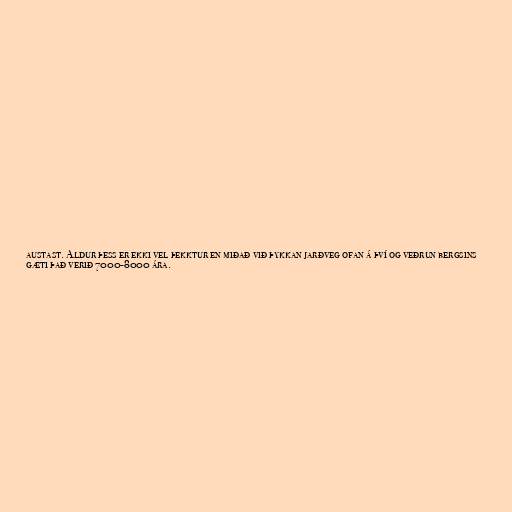
austast. Aldur þess er ekki vel þekktur en miðað við þykkan jarðveg ofan á því og veðrun bergsins
gæti það verið 7000-8000 ára.